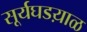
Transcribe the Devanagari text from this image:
सूर्यघडय़ाळ